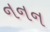
નનન